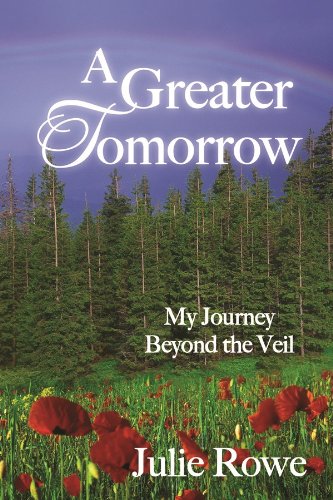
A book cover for A Greater Tomorrow; Julie Rowe; Biographies & Memoirs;